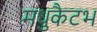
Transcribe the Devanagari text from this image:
मधुकैटभ